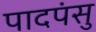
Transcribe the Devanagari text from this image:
पादपंसु